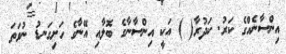
އިންސާނެއްގެ ކަރު. ކަދުރާ( ) އަކީ އިންސާނާގެ ބޮލާއި އޭނާގެ ހަށިގަނޑު ނުވަތަ